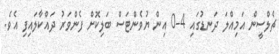
ޗެލްސީން އަމިއްލަ ދަނޑުގައި 4-0 އިން ޔުވެންޓަސް ބަލިކޮށް ފެންވަރު ދައްކާލައިފި އެވެ.